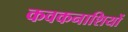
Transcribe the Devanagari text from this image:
कवकनाशियों